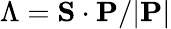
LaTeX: \Lambda=\mathbf{S}\cdot\mathbf{P}/|\mathbf{P}|